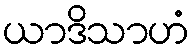
ယာဒိသာဟံ